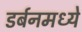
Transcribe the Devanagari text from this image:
डर्बनमध्ये